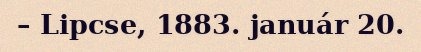
– Lipcse, 1883. január 20.